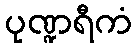
ပုဏ္ဍရီကံ